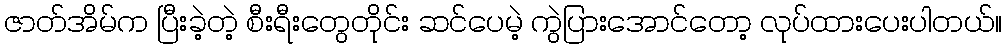
ဇာတ်အိမ်က ပြီးခဲ့တဲ့ စီးရီးတွေတိုင်း ဆင်ပေမဲ့ ကွဲပြားအောင်တော့ လုပ်ထားပေးပါတယ်။